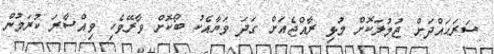
ސަރަޙައްދަށް ޖުމުލަކޮށް މުޅި ރާއްޖެއަށް ގަދަ ވަޔާއެކު ބޯކޮށް ވާރޭވެހި ވިއްސާރަ ކުރަމުން